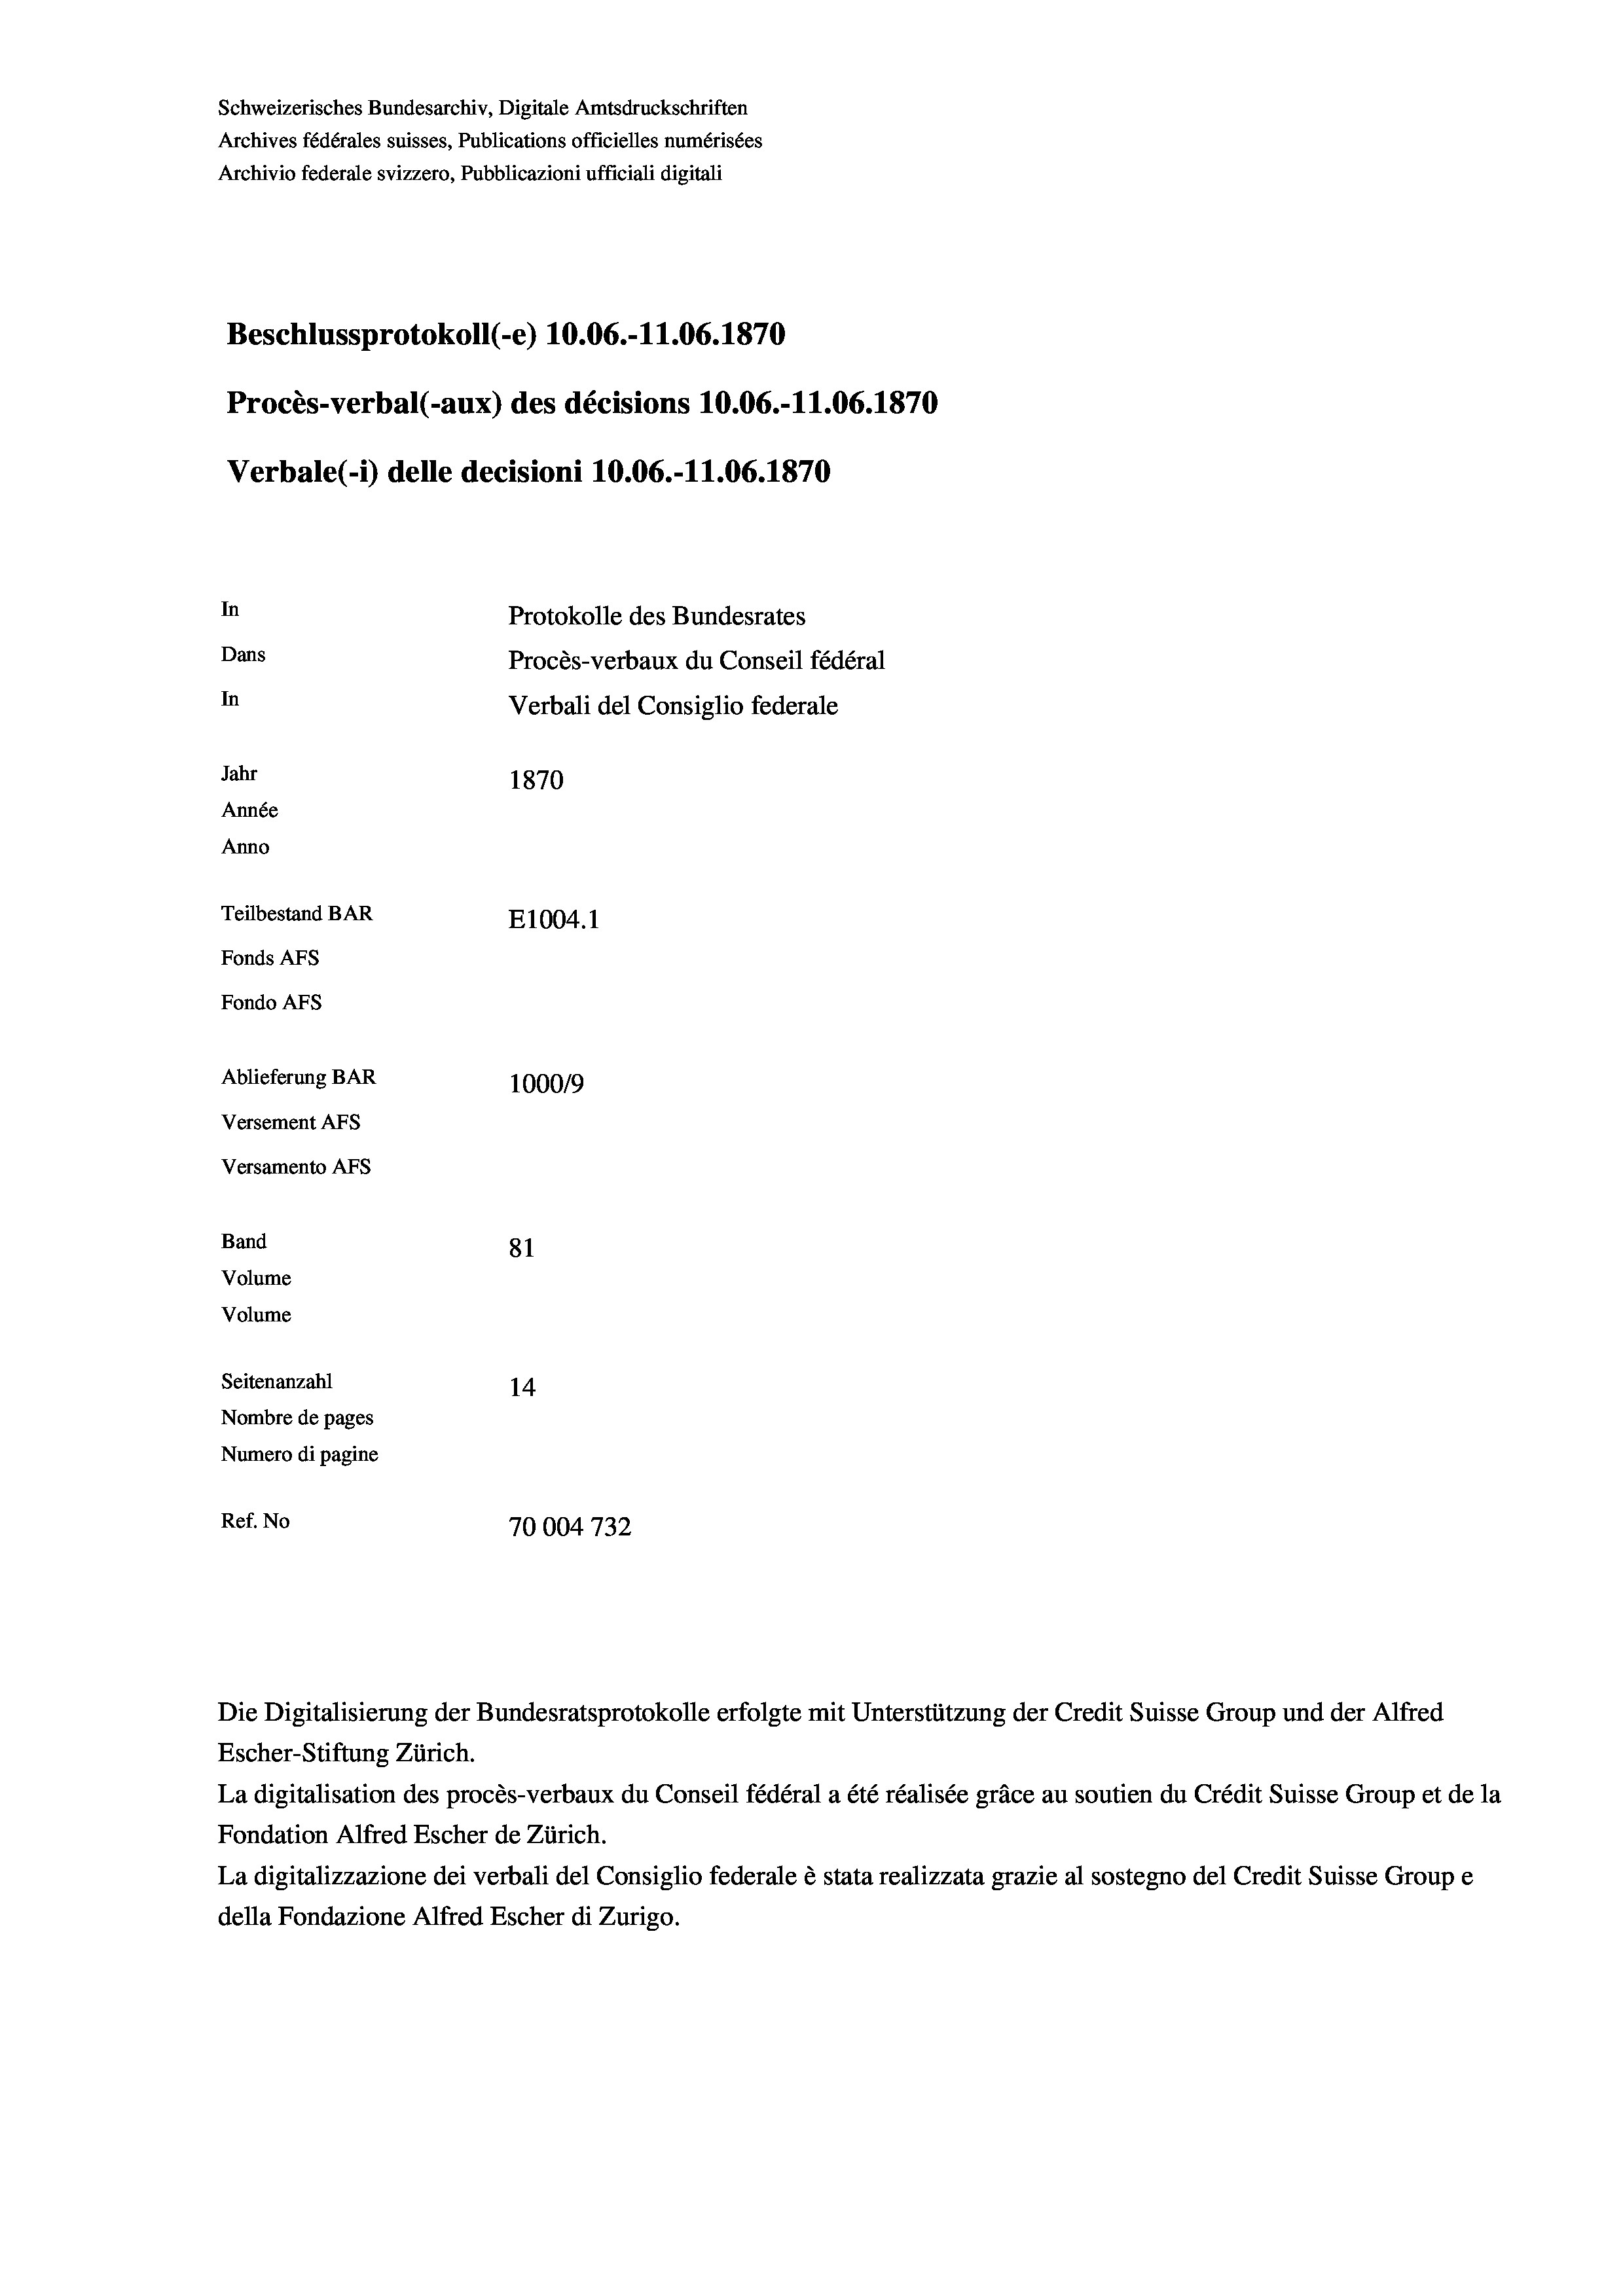
Schweizerisches Bundesarchiv, Digitale Amtsdruckschriften
Archives fédérales suisses, Publications officielles numérisées
Archivio federale svizzero, Pubblicazioni ufficiali digitali
Beschlussprotokoll (-e) 10.06.-11.06. 1870
Procès-verbal (-aux) des décisions 10.06.-11.06. 1870
Verbale (- 1) delle decisioni 10.06.-11.06. 1870
In
Protokolle des Bundesrates
Dans
Procès-verbaux du Conseil fédéral
In
Verbali del Consiglio federale
Jahr
1870
Année
Anno
Teilbestand BAR
E1004. 1
Fonds AFs
Fondo AFS
Ablieferung BAR
100019
Versement AFs
Versamento AFs

81
Seitenanzahl
14
Nombre de pages
Numero di pagine
Ref. No
70004 732

Band
Volume
Volume

Escher-Stiftung Zürich.
La digitalisation des procès-verbaux du Conseil fédéral a été réalisée gräce au soutien du Crédit Suisse Group et de la
Fondation Alfred Escher de Zürich.
La digitalizzazione dei verbali del Consiglio federale è stata realizzata grazie al sostegno del Credit Suisse Groupe
della Fondazione Alfred Escher di Zurigo.

Die Digitalisierung der Bundesratsprotokolle erfolgte mit Unterstützung der Credit Suisse Group und der Alfred